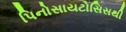
પિનોસાયટોસિસથી